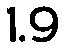
1.9